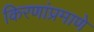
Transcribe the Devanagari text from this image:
किरणांप्रमाणे